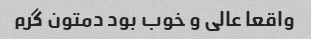
واقعا عالی و خوب بود دمتون گرم